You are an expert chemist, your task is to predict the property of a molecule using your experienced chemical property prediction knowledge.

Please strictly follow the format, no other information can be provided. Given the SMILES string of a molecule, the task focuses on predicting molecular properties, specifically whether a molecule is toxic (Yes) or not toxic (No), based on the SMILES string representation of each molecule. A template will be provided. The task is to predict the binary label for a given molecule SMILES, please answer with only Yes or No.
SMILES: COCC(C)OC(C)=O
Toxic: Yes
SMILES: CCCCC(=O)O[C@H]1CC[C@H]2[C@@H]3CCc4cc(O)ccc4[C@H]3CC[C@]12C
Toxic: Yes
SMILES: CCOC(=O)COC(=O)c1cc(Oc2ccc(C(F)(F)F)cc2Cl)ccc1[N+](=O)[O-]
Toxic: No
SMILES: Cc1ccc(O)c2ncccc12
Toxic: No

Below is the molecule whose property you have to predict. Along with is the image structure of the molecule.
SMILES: C=C1C2CCC(C2)C1(C)C
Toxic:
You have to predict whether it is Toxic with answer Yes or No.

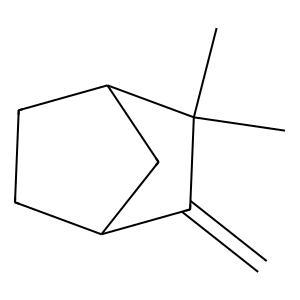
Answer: No